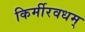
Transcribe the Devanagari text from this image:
किर्मीरवधम्